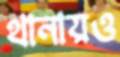
থানায়ও